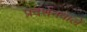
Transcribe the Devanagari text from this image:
प्रदर्शनवाले